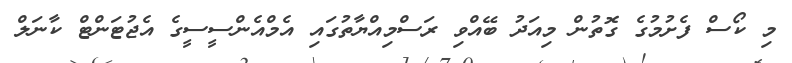
މި ކޯސް ފެށުމުގެ ގޮތުން މިއަދު ބޭއްވި ރަސްމިއްޔާތުގައި އެމްއެންސީސީގެ އެޖުޓަންޓް ކާނަލް